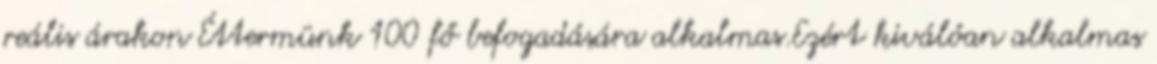
reális árakon Éttermünk 100 fő befogadására alkalmas.Ezért kiválóan alkalmas